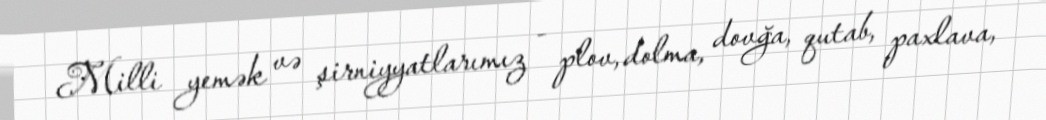
Milli yemək və şirniyyatlarımız - plov, dolma, dovğa, qutab, paxlava,